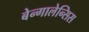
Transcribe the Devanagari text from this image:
बेन्गालेन्सिस